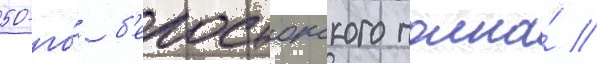
50-го́ б'елостокского полка́ //